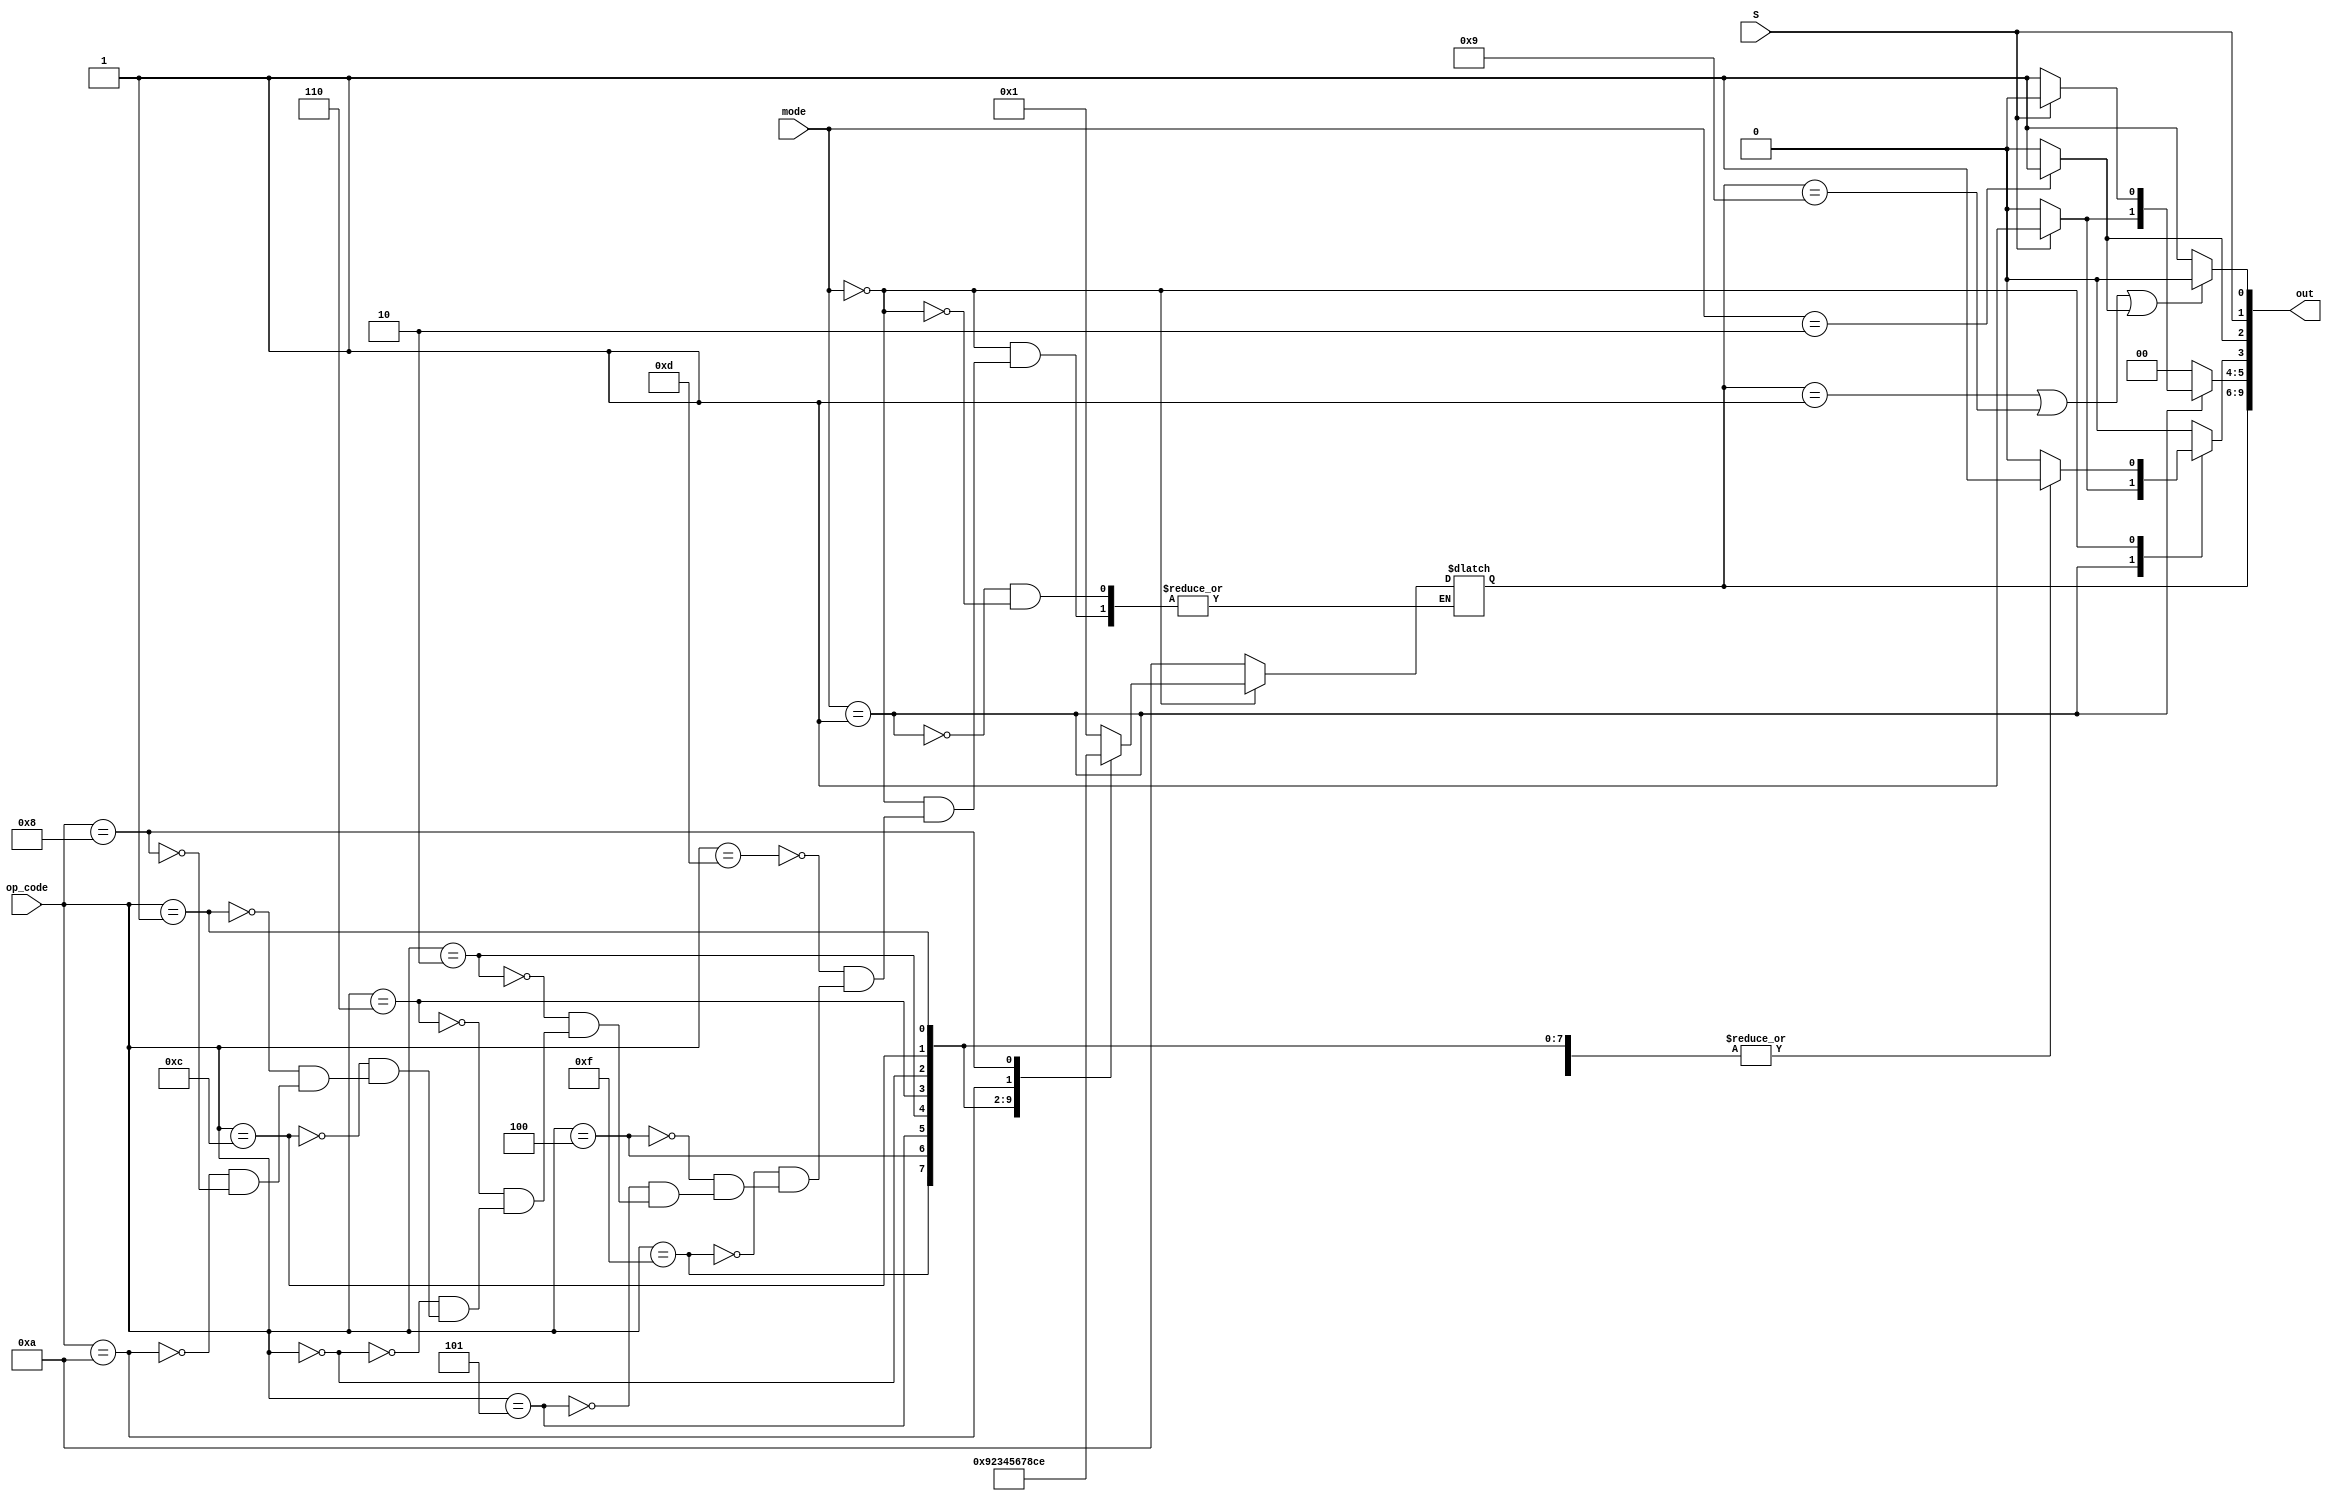
module Controller(S, mode, op_code, out);
    input S;
    input [1:0] mode;
    input [3:0] op_code;
    output [9:0] out;

    reg[9:0] ans;

    always @(*) begin
        ans[5:2] = 4'b0;
        case (mode)
            2'b01: begin
                if(S == 1'b1)begin
                    ans[9:6] = 4'b1010;
                    ans[5] = 1;
                    ans[3] = 1;
                end
                else if(S == 1'b0)begin
                    ans[9:6] = 4'b1010;
                    ans[4] = 1;
                end
            end

            2'b00: begin
                case (op_code)
                    4'b1101: begin
                        ans[3] = 1;
                        ans[9:6] = 4'b0001;
                    end

                    4'b1111: begin
                        ans[3] = 1;
                        ans[9:6] = 4'b1001;
                    end

                    4'b0100: begin
                        ans[3] = 1;
                        ans[9:6] = 4'b0010;
                    end

                    4'b0101: begin
                        ans[3] = 1;
                        ans[9:6] = 4'b0011;
                    end

                    4'b0010: begin
                        ans[3] = 1;
                        ans[9:6] = 4'b0100;
                    end

                    4'b0110: begin
                        ans[3] = 1;
                        ans[9:6] = 4'b0101;
                    end
                    4'b0000: begin
                        ans[3] = 1;
                        ans[9:6] = 4'b0110;
                    end

                    4'b1100: begin
                        ans[3] = 1;
                        ans[9:6] = 4'b0111;
                    end

                    4'b0001: begin
                        ans[3] = 1;
                        ans[9:6] = 4'b1000;
                    end

                    4'b1010: begin
                        ans[9:6] = 4'b1100;
                    end

                    4'b1000: begin
                        ans[9:6] = 4'b1110;
                    end
                endcase
            end

            2'b10: begin
                ans[2] = 1;
            end
        endcase
    end

    assign out[1] = S;
    assign out[0] = ((ans[9:6] == 4'b0001) ||
                       (ans[9:6] == 4'b1001) || 
                            ans[2]) ? 1'b0 : 1'b1;

    assign out[9:2] = ans[9:2];
endmodule